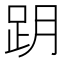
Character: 跀